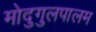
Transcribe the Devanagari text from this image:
मोदुगुलपालम